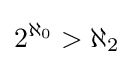
2^{\aleph _{0}}>\aleph _{2}